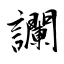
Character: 讕